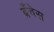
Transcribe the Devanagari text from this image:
ब्रँचेस